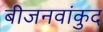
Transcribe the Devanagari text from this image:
बीजनवांकुद